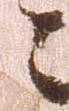
々